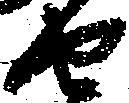
由